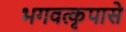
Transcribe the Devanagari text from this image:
भगवत्‍कृपासे